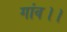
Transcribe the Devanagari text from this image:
गांव।।